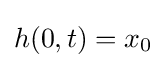
h(0,t)=x_{0}